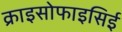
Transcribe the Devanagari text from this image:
क्राइसोफाइसिई